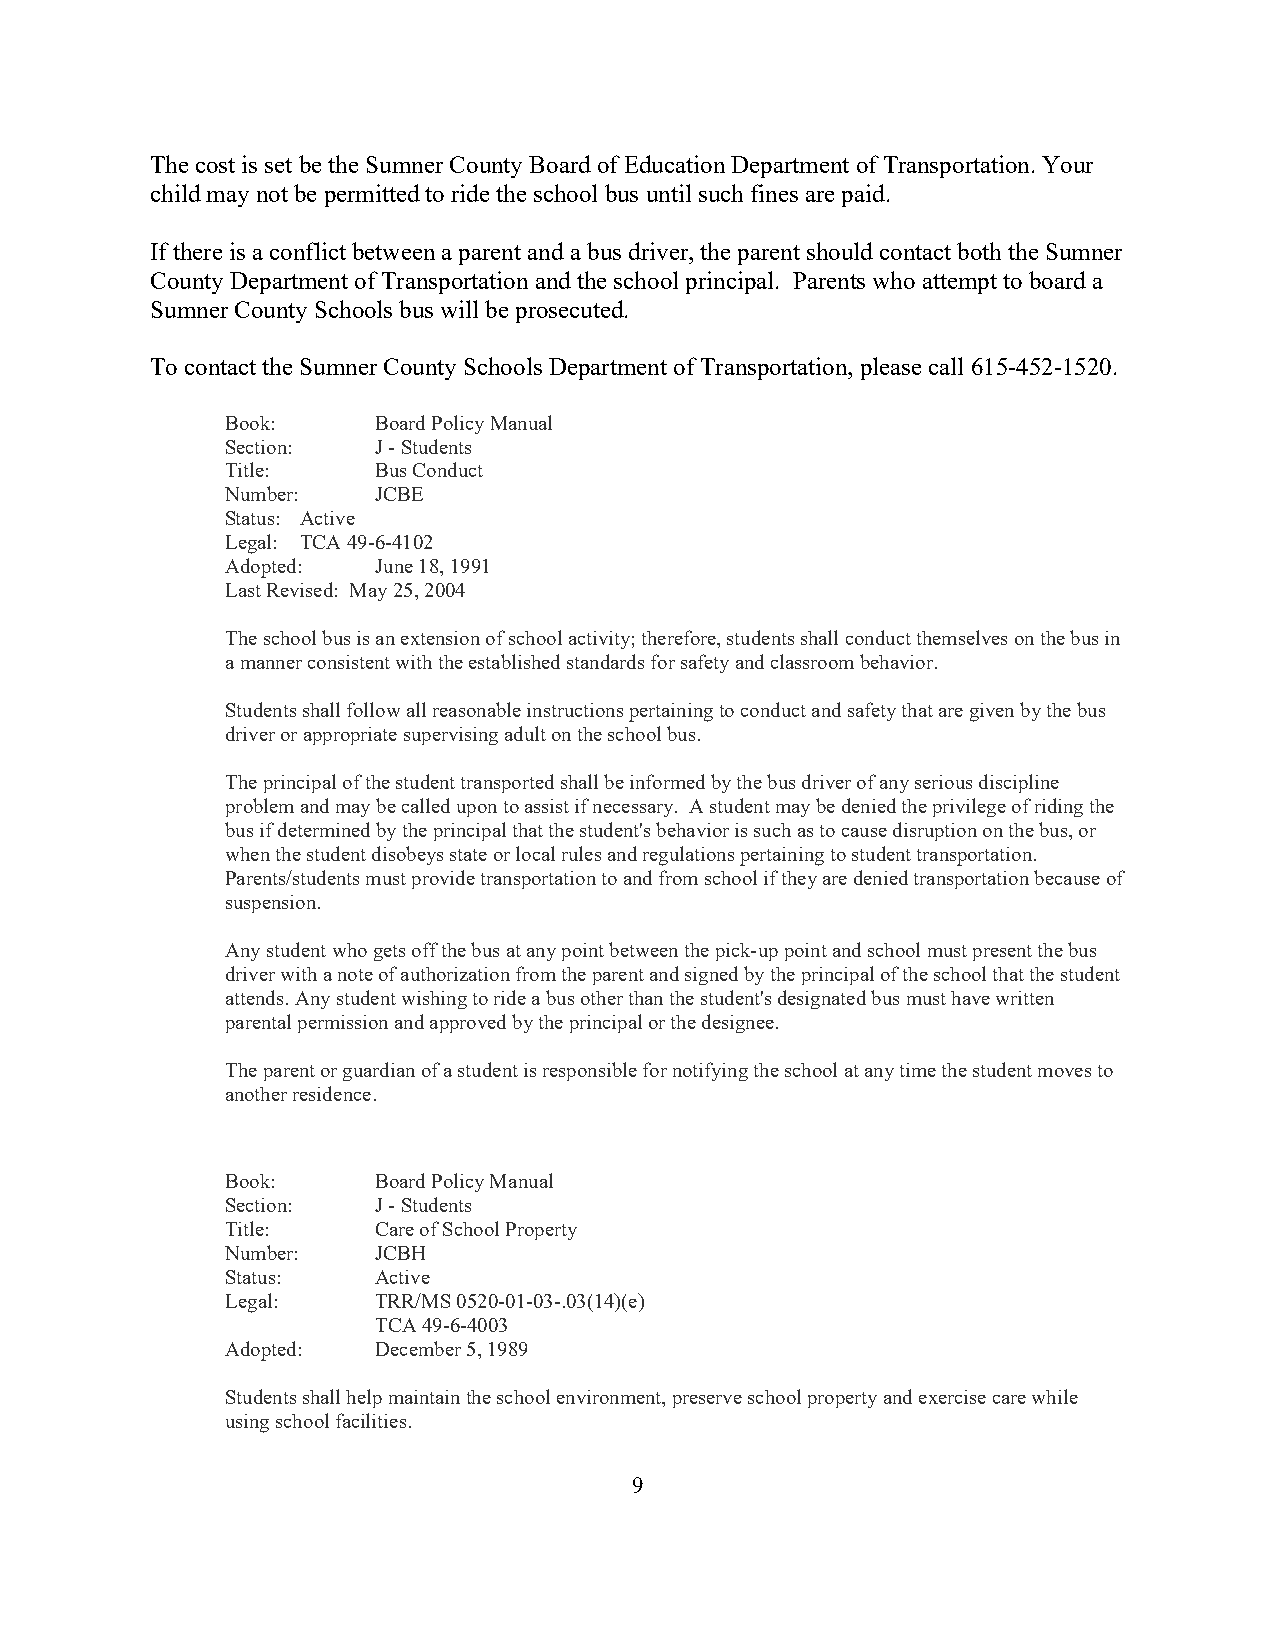
The cost is set be the Sumner County Board of Education Department of Transportation. Your
 child may not be permitted to ride the school bus until such fines are paid.
 If there is a conflict between a parent and a bus driver, the parent should contact both the Sumner
 County Department of Transportation and the school principal. Parents who attempt to board a
 Sumner County Schools bus will be prosecuted.
 To contact the Sumner County Schools Department of Transportation, please call 615-452-1520.
 Book:     Board Policy Manual
 Section:  J - Students
 Title:    Bus Conduct
 Number:   JCBE
 Status: Active
 Legal: TCA 49-6-4102
 Adopted:  June 18, 1991
 Last Revised: May 25, 2004
 The school bus is an extension of school activity; therefore, students shall conduct themselves on the bus in
 a manner consistent with the established standards for safety and classroom behavior.
 Students shall follow all reasonable instructions pertaining to conduct and safety that are given by the bus
 driver or appropriate supervising adult on the school bus.
 The principal of the student transported shall be informed by the bus driver of any serious discipline
 problem and may be called upon to assist if necessary. A student may be denied the privilege of riding the
 bus if determined by the principal that the student's behavior is such as to cause disruption on the bus, or
 when the student disobeys state or local rules and regulations pertaining to student transportation.
 Parents/students must provide transportation to and from school if they are denied transportation because of
 suspension.
 Any student who gets off the bus at any point between the pick-up point and school must present the bus
 driver with a note of authorization from the parent and signed by the principal of the school that the student
 attends. Any student wishing to ride a bus other than the student's designated bus must have written
 parental permission and approved by the principal or the designee.
 The parent or guardian of a student is responsible for notifying the school at any time the student moves to
 another residence.
 Book:     Board Policy Manual
 Section:  J - Students
 Title:    Care of School Property
 Number:   JCBH
 Status:   Active
 Legal:    TRR/MS 0520-01-03-.03(14)(e)
 TCA 49-6-4003
 Adopted:  December 5, 1989
 Students shall help maintain the school environment, preserve school property and exercise care while
 using school facilities.
 9